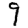
Digit: 9